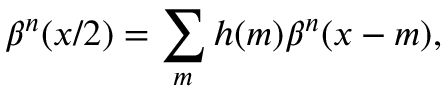
\beta ^ { n } ( x / 2 ) = \sum _ { m } h ( m ) \beta ^ { n } ( x - m ) ,